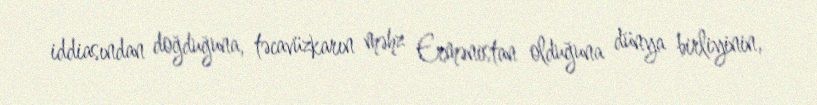
iddiasından doğduğuna, təcavüzkarın məhz Ermənistan olduğuna dünya birliyinin,